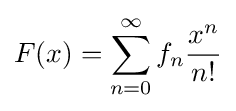
F(x)=\sum _{n=0}^{\infty }f_{n}{\frac {x^{n}}{n!}}